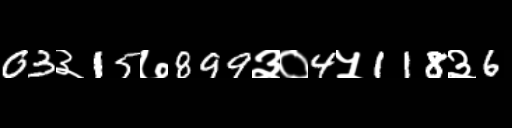
Text: 03३15७899३०4५118३6